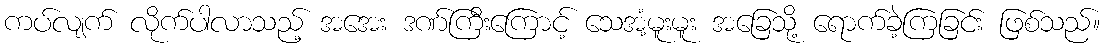
ကပ်လျက် လိုက်ပါလာသည့် အအေး ဒဏ်ကြီးကြောင့် သေအံ့မူးမူး အခြေသို့ ရောက်ခဲ့ကြခြင်း ဖြစ်သည်။